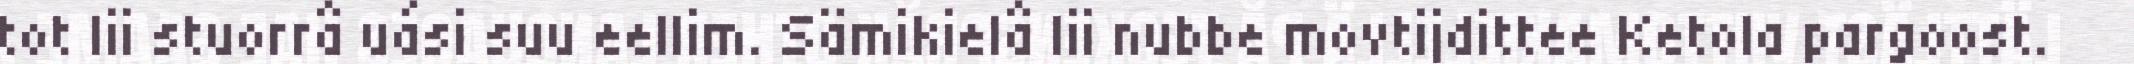
tot lii stuorrâ uási suu eellim. Sämikielâ lii nubbe movtijdittee Ketola pargoost.